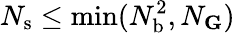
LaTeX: N_{\mathrm{s}}\leq\operatorname*{min}(N_{\mathrm{b}}^{2},N_{\mathbf G})